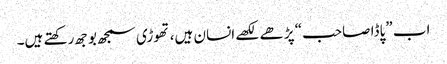
اب ”پاڈا صاحب“ پڑھے لکھے انسان ہیں، تھوڑی سمجھ بوجھ رکھتے ہیں۔